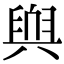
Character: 𮍬